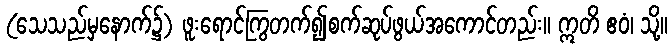
(သေသည်မှနောက်၌) ဖူးရောင်ကြွတက်၍စက်ဆုပ်ဖွယ်အကောင်တည်း။ ဣတိ ဧဝံ၊ သို့။